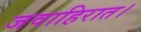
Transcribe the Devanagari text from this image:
जवाहिरात।